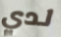
لدي